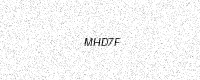
Text: MHD7F